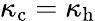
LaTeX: \kappa_{\mathrm{c}}=\kappa_{\mathrm{h}}